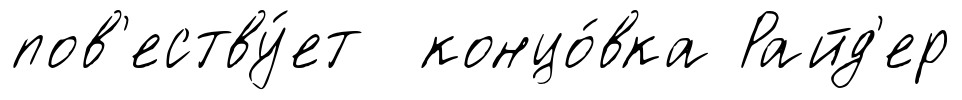
пов'еству́ет концо́вка Райд'ер